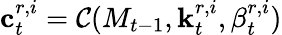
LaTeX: \mathbf{c}_{t}^{r,i}={\mathcal{C}}(M_{t-1},\mathbf{k}_{t}^{r,i},\beta_{t}^{r,i})